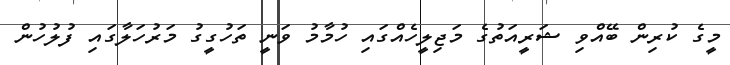
މީގެ ކުރިން ބޭއްވި ޝަރީއަތުގެ މަޖިލީހެއްގައި ހުމާމު ވަނީ ތަހުގީގު މަރުހަލާގައި ފުލުހުން